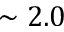
\sim 2 . 0